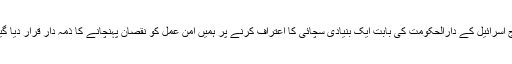
آج اسرائیل کے دارالحکومت کی بابت ایک بنیادی سچائی کا اعتراف کرنے پر ہمیں امن عمل کو نقصان پہنچانے کا ذمہ دار قرار دیا گیا۔